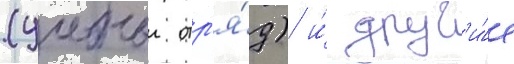
(учебныи отр'я́д) и́ друг'и́е